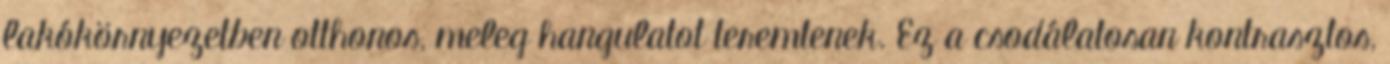
lakókörnyezetben otthonos, meleg hangulatot teremtenek. Ez a csodálatosan kontrasztos,